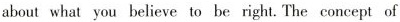
about what you believe to be right.The concept of